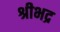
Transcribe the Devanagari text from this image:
श्रीभद्र